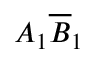
A _ { 1 } \overline { { B } } _ { 1 }